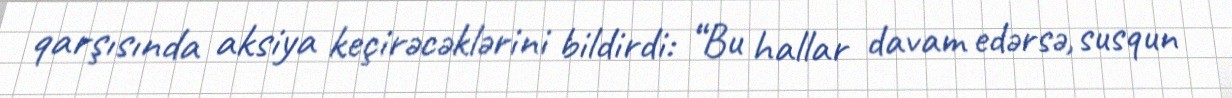
qarşısında aksiya keçirəcəklərini bildirdi: “Bu hallar davam edərsə, susqun